Vaccine operations Central Provinces 1900-1911 - 1900-1911
Year: 1900
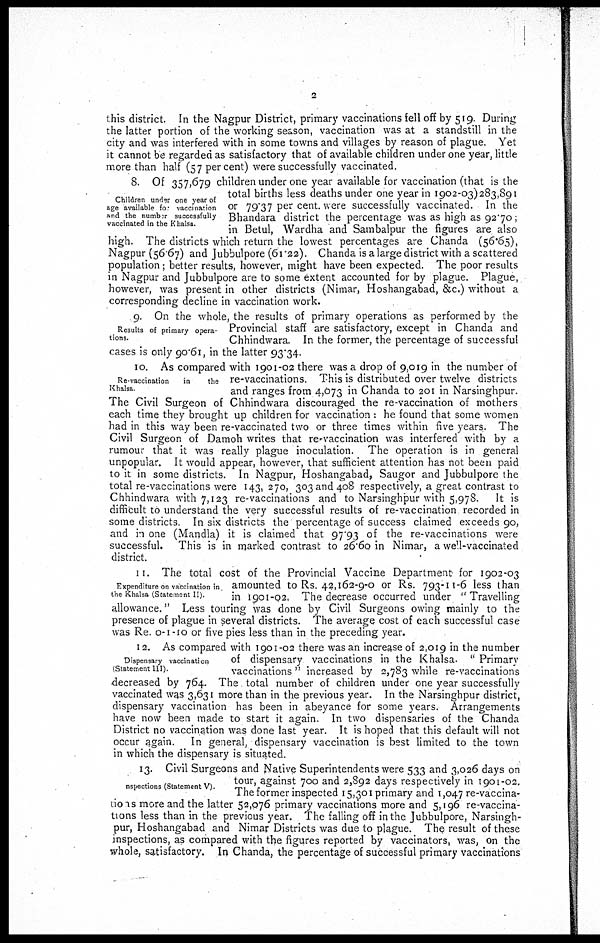
2
this district. In the Nagpur District, primary vaccinations fell off by 519. During
the latter portion of the working season, vaccination was at a standstill in the
city and was interfered with in some towns and villages by reason of plague. Yet
it cannot be regarded as satisfactory that of available children under one year, little
more than half (57 per cent) were successfully vaccinated.
Children under one year of
age available for vaccination
and the number successfully
vaccinated in the Khalsa
8. Of 357,679 children under one year available for vaccination (that is the
total births less deaths under one year in 1902-03)283,891
or 79.37 per cent. were successfully vaccinated. In the
Bhandara district the percentage was as high as 92.70;
in Betul, Wardha and Sambalpur the figures are also
high. The districts which return the lowest percentages are Chanda (56.65),
Nagpur (56 67) and Jubbulpore (61.22). Chanda is a large district with a scattered
population; better results, however, might have been expected. The poor results
in Nagpur and Jubbulpore are to some extent accounted for by plague. Plague,
however, was present in other districts (Nimar, Hoshangabad, &c.) without a
corresponding decline in vaccination work.
Results of primary opera-
tions.
9. On the whole, the results of primary operations as performed by the
Provincial staff are satisfactory, except in Chanda and
Chhindwara. In the former, the percentage of successful
cases is only 90.61, in the latter 93.34.
Re vaccination
in
the
Khalsa
10. As compared with 1901-02 there was a drop of 9,019 in the number of
re-vaccinations. This is distributed over twelve districts
and ranges from 4,073 in Chanda to 201 in Narsinghpur.
The Civil Surgeon of Chhindwara discouraged the re-vaccination of mothers
each time they brought up children for vaccination : he found that some women
had in this way been re-vaccinated two or three times within five years. The
Civil Surgeon of Damoh writes that re-vaccination was interfered with by a
rumour that it was really plague inoculation. The operation is in general
unpopular. It would appear, however, that sufficient attention has not been paid
to it in some districts. In Nagpur, Hoshangabad, Saugor and Jubbulpore the
total re-vaccinations were 143, 270, 303 and 408 respectively, a great contrast to
Chhindwara with 7,123 re-vaccinations and to Narsinghpur with 5,978. It is
difficult to understand the very successful results of re-vaccination recorded in
some districts In six districts the percentage of success claimed exceeds 90,
and in one (Mandla) it is claimed that 97.93 of the re-vaccinations were
successful. This is in marked contrast to 26.60 in Nimar, a well-vaccinated
district.
Expenditure on vaccination in
the Khalsa (Statement II).
11. The total cost of the Provincial Vaccine Department for 1902-03
amounted to Rs. 42,162-9-0 or Rs. 793-11-6 less than
in 1901-02. The decrease occurred under "Travelling
allowance." Less touring was done by Civil Surgeons owing mainly to the
presence of plague in several districts. The average cost of each successful case
was Re. 0-1-10 or five pies less than in the preceding year.
Dispensary vaccination
(Statement III).
12. As compared with 1901-02 there was an increase of 2,019 in the number
of dispensary vaccinations in the Khalsa. " Primary
vaccinations " increased by 2,783 while re-vaccinations
decreased by 764. The total number of children under one year successfully
vaccinated was 3,631 more than in the previous year. In the Narsinghpur district,
dispensary vaccination has been in abeyance for some years. Arrangements
have now been made to start it again. In two dispensaries of the Chanda
District no vaccination was done last year. It is hoped that this default will not
occur again. In general, dispensary vaccination is best limited to the town
in which the dispensary is situated.
nspections (Statement V).
13. Civil Surgeons and Native Superintendents were 533 and 3,026 days on
tour, against 700 and 2,892 days respectively in 1901-02.
The former inspected 15,301 primary and 1,047 re-vaccina¬
tions more and the latter 52,076 primary vaccinations more and 5,196 re-vaccina-
tions less than in the previous year. The falling off in the Jubbulpore, Narsingh-
pur, Hoshangabad and Nimar Districts was due to plague. The result of these
inspections, as compared with the figures reported by vaccinators, was, on the
whole, satisfactory. In Chanda, the percentage of successful primary vaccinations